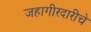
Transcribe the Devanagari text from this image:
जहागीरदारीचे